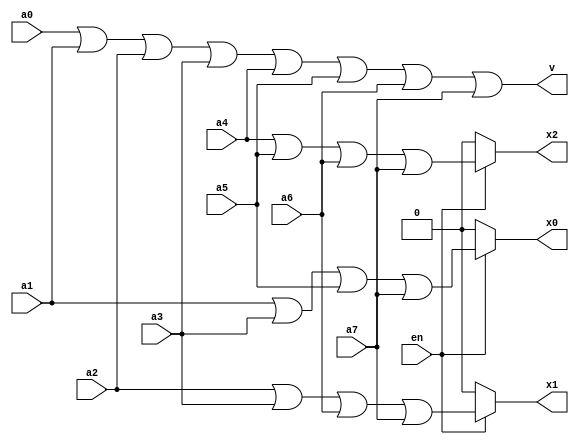
module encoder8x3 (a0, a1, a2, a3, a4, a5, a6, a7, v, x0, x1, x2, en);

	input a0, a1, a2, a3, a4, a5, a6, a7, en;
	output x0, x1, x2, v;
	// Used 0 instead of 'bz for dumping on FPGA
	assign v = a0|a1|a2|a3|a4|a5|a6|a7;
	assign x0 = en ? (a1 | a3 | a5 | a7) : 0;
	assign x1 = en ? (a2 | a3 | a6 | a7) : 0;
	assign x2 = en ? (a4 | a5 | a6 | a7) : 0;

endmodule